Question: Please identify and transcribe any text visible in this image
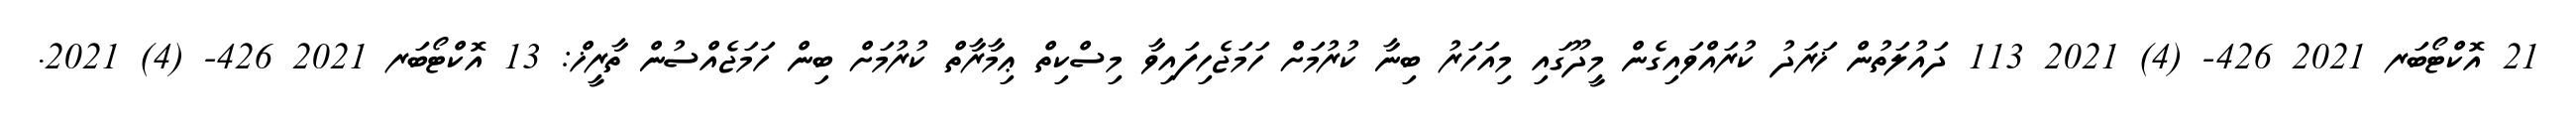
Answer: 21 އޮކްޓޯބަރ 2021 426- (4) 2021 113 ދައުލަތުން ޚަރަދު ކުރައްވައިގެން މީދޫގައި މިއަހަރު ބިނާ ކުރުމަށް ހަމަޖެހިފައިވާ މިސްކިތް ޢިމާރާތް ކުރުމަށް ބިން ހަމަޖެއްސުން ތާރީޚް: 13 އޮކްޓޯބަރ 2021 426- (4) 2021.